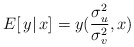
\begin{align*}E[\, y|\,x]= y(\frac{\sigma_u^2}{\sigma_v^2},x)\end{align*}